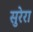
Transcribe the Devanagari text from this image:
सुरेरा